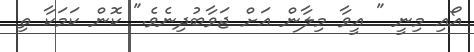
އޯއި މިނީ " އީވާ މިލާން އަށް ޖަވާބުދިނެވެ." ކޮން ކަމަކާ ތި